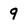
Character: 9